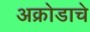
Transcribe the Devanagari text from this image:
अक्रोडाचे